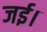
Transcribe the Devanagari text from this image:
जई।